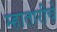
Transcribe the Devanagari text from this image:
म्हातारीचे